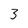
Character: 3